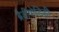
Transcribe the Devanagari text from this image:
ब्रैडीपोडिडी